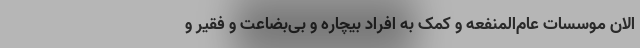
الان موسسات عام‌المنفعه و کمک به افراد بیچاره و بی‌بضاعت و فقیر و